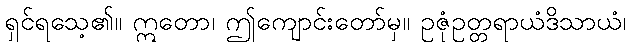
ရှင်ရသေ့၏။ ဣတော၊ ဤကျောင်းတော်မှ။ ဥဇုံဥတ္တရာယံဒိသာယံ၊